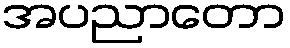
အပညာတော